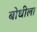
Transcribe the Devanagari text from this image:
बोधीला